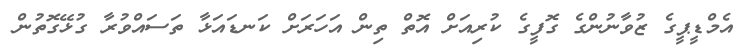
އެމްޑީޕީގެ ޒުވާނުންގެ ގޮފީގެ ކުރިއަށް އޮތް ތިން އަހަރަށް ކަނޑައަޅާ ތަސައްވުރާ ގުޅޭގޮތުން